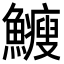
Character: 𩽉